Annual report on the Civil Veterinary Department, Burma (including the Insein Veterinary School) - 1923-1931
Year: 1923
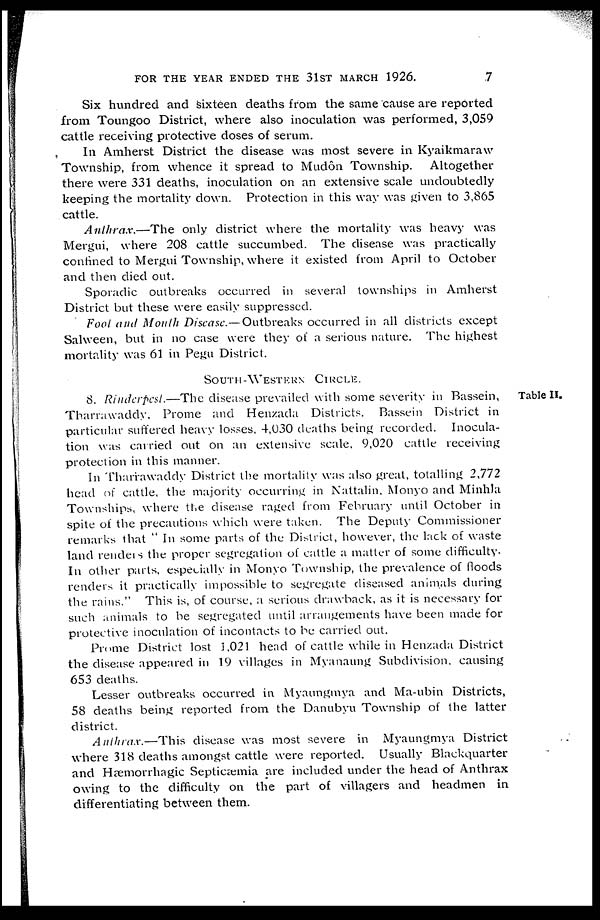
FOR THE YEAR ENDED THE 31ST MARCH 1926.
Six hundred and Sixteen deaths from the same cause are reported
from Toungoo District, where also inoculation was performed, 3,059
cattle receiving protective doses of serum.
In Amherst District the disease was most severe in Kyaikmaraw
Township, from whence it spread to Mudôn Township. Altogether
there were 331 deaths, inoculation on an extensive scale undoubtedly
keeping the mortality down. Protection in this way was given to 3,865
cattle.
Anthrax.—The only district where the mortality was heavy was
Mergui, where 208 cattle succumbed. The disease was practically
confined to Mergui Township, where it existed from April to October
and then died out.
Sporadic outbreaks occurred in several townships in Amherst
District but these were easily suppressed.
Foot and Month Disease.—Outbreaks occurred in all districts except
Salween, but in no case were they of a serious nature. The highest
mortality was 61 in Pegu District.
SOUTH-WESTERN CIRCLE.
Table II.
8. Rinderpest.—The disease prevailed with some severity in Bassein,
Tharrawaddy, Prome and Henzada Districts. Bassein District in
particular suffered heavy losses, 4,030 deaths being recorded. Inocula-
tion was carried out on an extensive scale. 9,020 cattle receiving
protection in this manner.
In Tharrawaddy District the mortality was also great, totalling 2,772
head of cattle, the majority occurring in Nattalin, Monyo and Minhla
Townships, where the disease raged from February until October in
spite of the precautions which were taken. The Deputy Commissioner
remarks that " In some parts of the District, however, the lack of waste
land renders the proper segregation of cattle a matter of some difficulty.
In other parts, especially in Monyo Township, the prevalence of floods
renders it practically impossible to segregate diseased animals during
the rains." This is, of course, a serious drawback, as it is necessary for
such animals to be segregated until arrangements have been made for
protective inoculation of incontacts to be carried out.
Prome District lost 1,021 head of cattle while in Henzada District
the disease appeared in 19 villages in Myanaung Subdivision, causing
653 deaths.
Lesser outbreaks occurred in Myaungmya and Ma-ubin Districts,
58 deaths being reported from the Danubyu Township of the latter
district.
Anthrax.—This disease was most severe in Myaungmya District
where 318 deaths amongst cattle were reported. Usually Blackquarter
and Hæmorrhagic Septicæmia are included under the head of Anthrax
owing to the difficulty on the part of villagers and headmen in
differentiating between them.